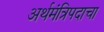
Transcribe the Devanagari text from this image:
अर्थमंत्रिपदाचा